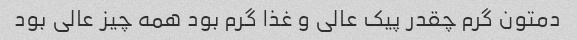
دمتون گرم چقدر پیک عالی و غذا گرم بود همه چیز عالی بود